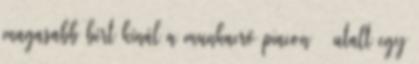
magasabb bért kínál a munkaerő piacon – utalt egy